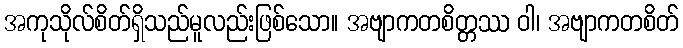
အကုသိုလ်စိတ်ရှိသည်မူလည်းဖြစ်သော။ အဗျာကတစိတ္တဿ ဝါ၊ အဗျာကတစိတ်